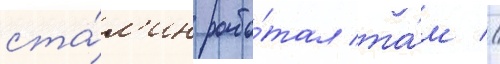
ста́л'ин рабо́тал та́м //